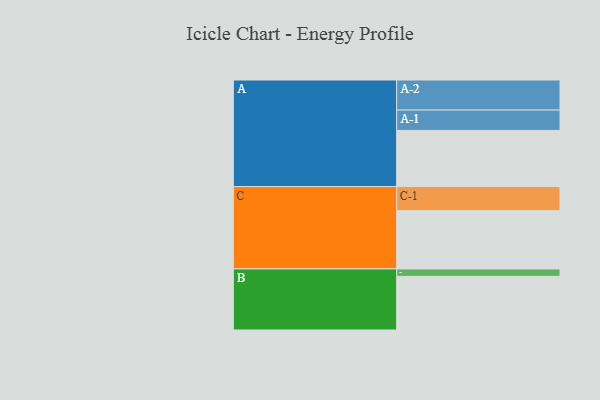
{"axis": {"x": "Segment", "y": "Value"}, "legend": ["", "A", "B", "C"], "data": [{"x": "A", "y": 536, "type": ""}, {"x": "B", "y": 512, "type": ""}, {"x": "C", "y": 556, "type": ""}, {"x": "A-1", "y": 194, "type": "A"}, {"x": "A-2", "y": 287, "type": "A"}, {"x": "B-1", "y": 71, "type": "B"}, {"x": "C-1", "y": 230, "type": "C"}]}